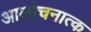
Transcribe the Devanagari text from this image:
आलोचनात्क